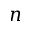
n